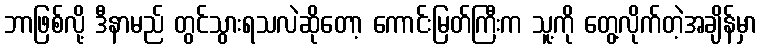
ဘာဖြစ်လို့ ဒီနာမည် တွင်သွားရသလဲဆိုတော့ ကောင်းမြတ်ကြီးက သူ့ကို တွေ့လိုက်တဲ့အချိန်မှာ